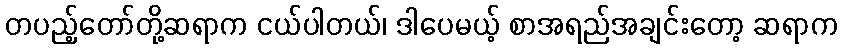
တပည့်တော်တို့ဆရာက ငယ်ပါတယ်၊ ဒါပေမယ့် စာအရည်အချင်းတော့ ဆရာက